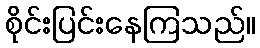
စိုင်းပြင်းနေကြသည်။